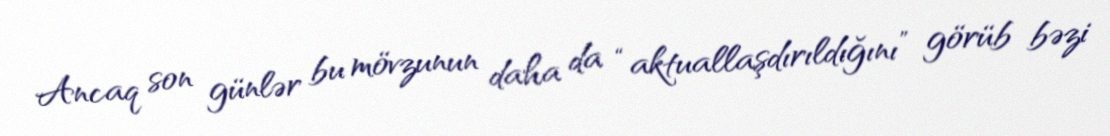
Ancaq son günlər bu mövzunun daha da “aktuallaşdırıldığını” görüb bəzi